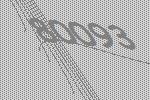
80093